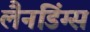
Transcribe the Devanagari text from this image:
लैनडिंग्स